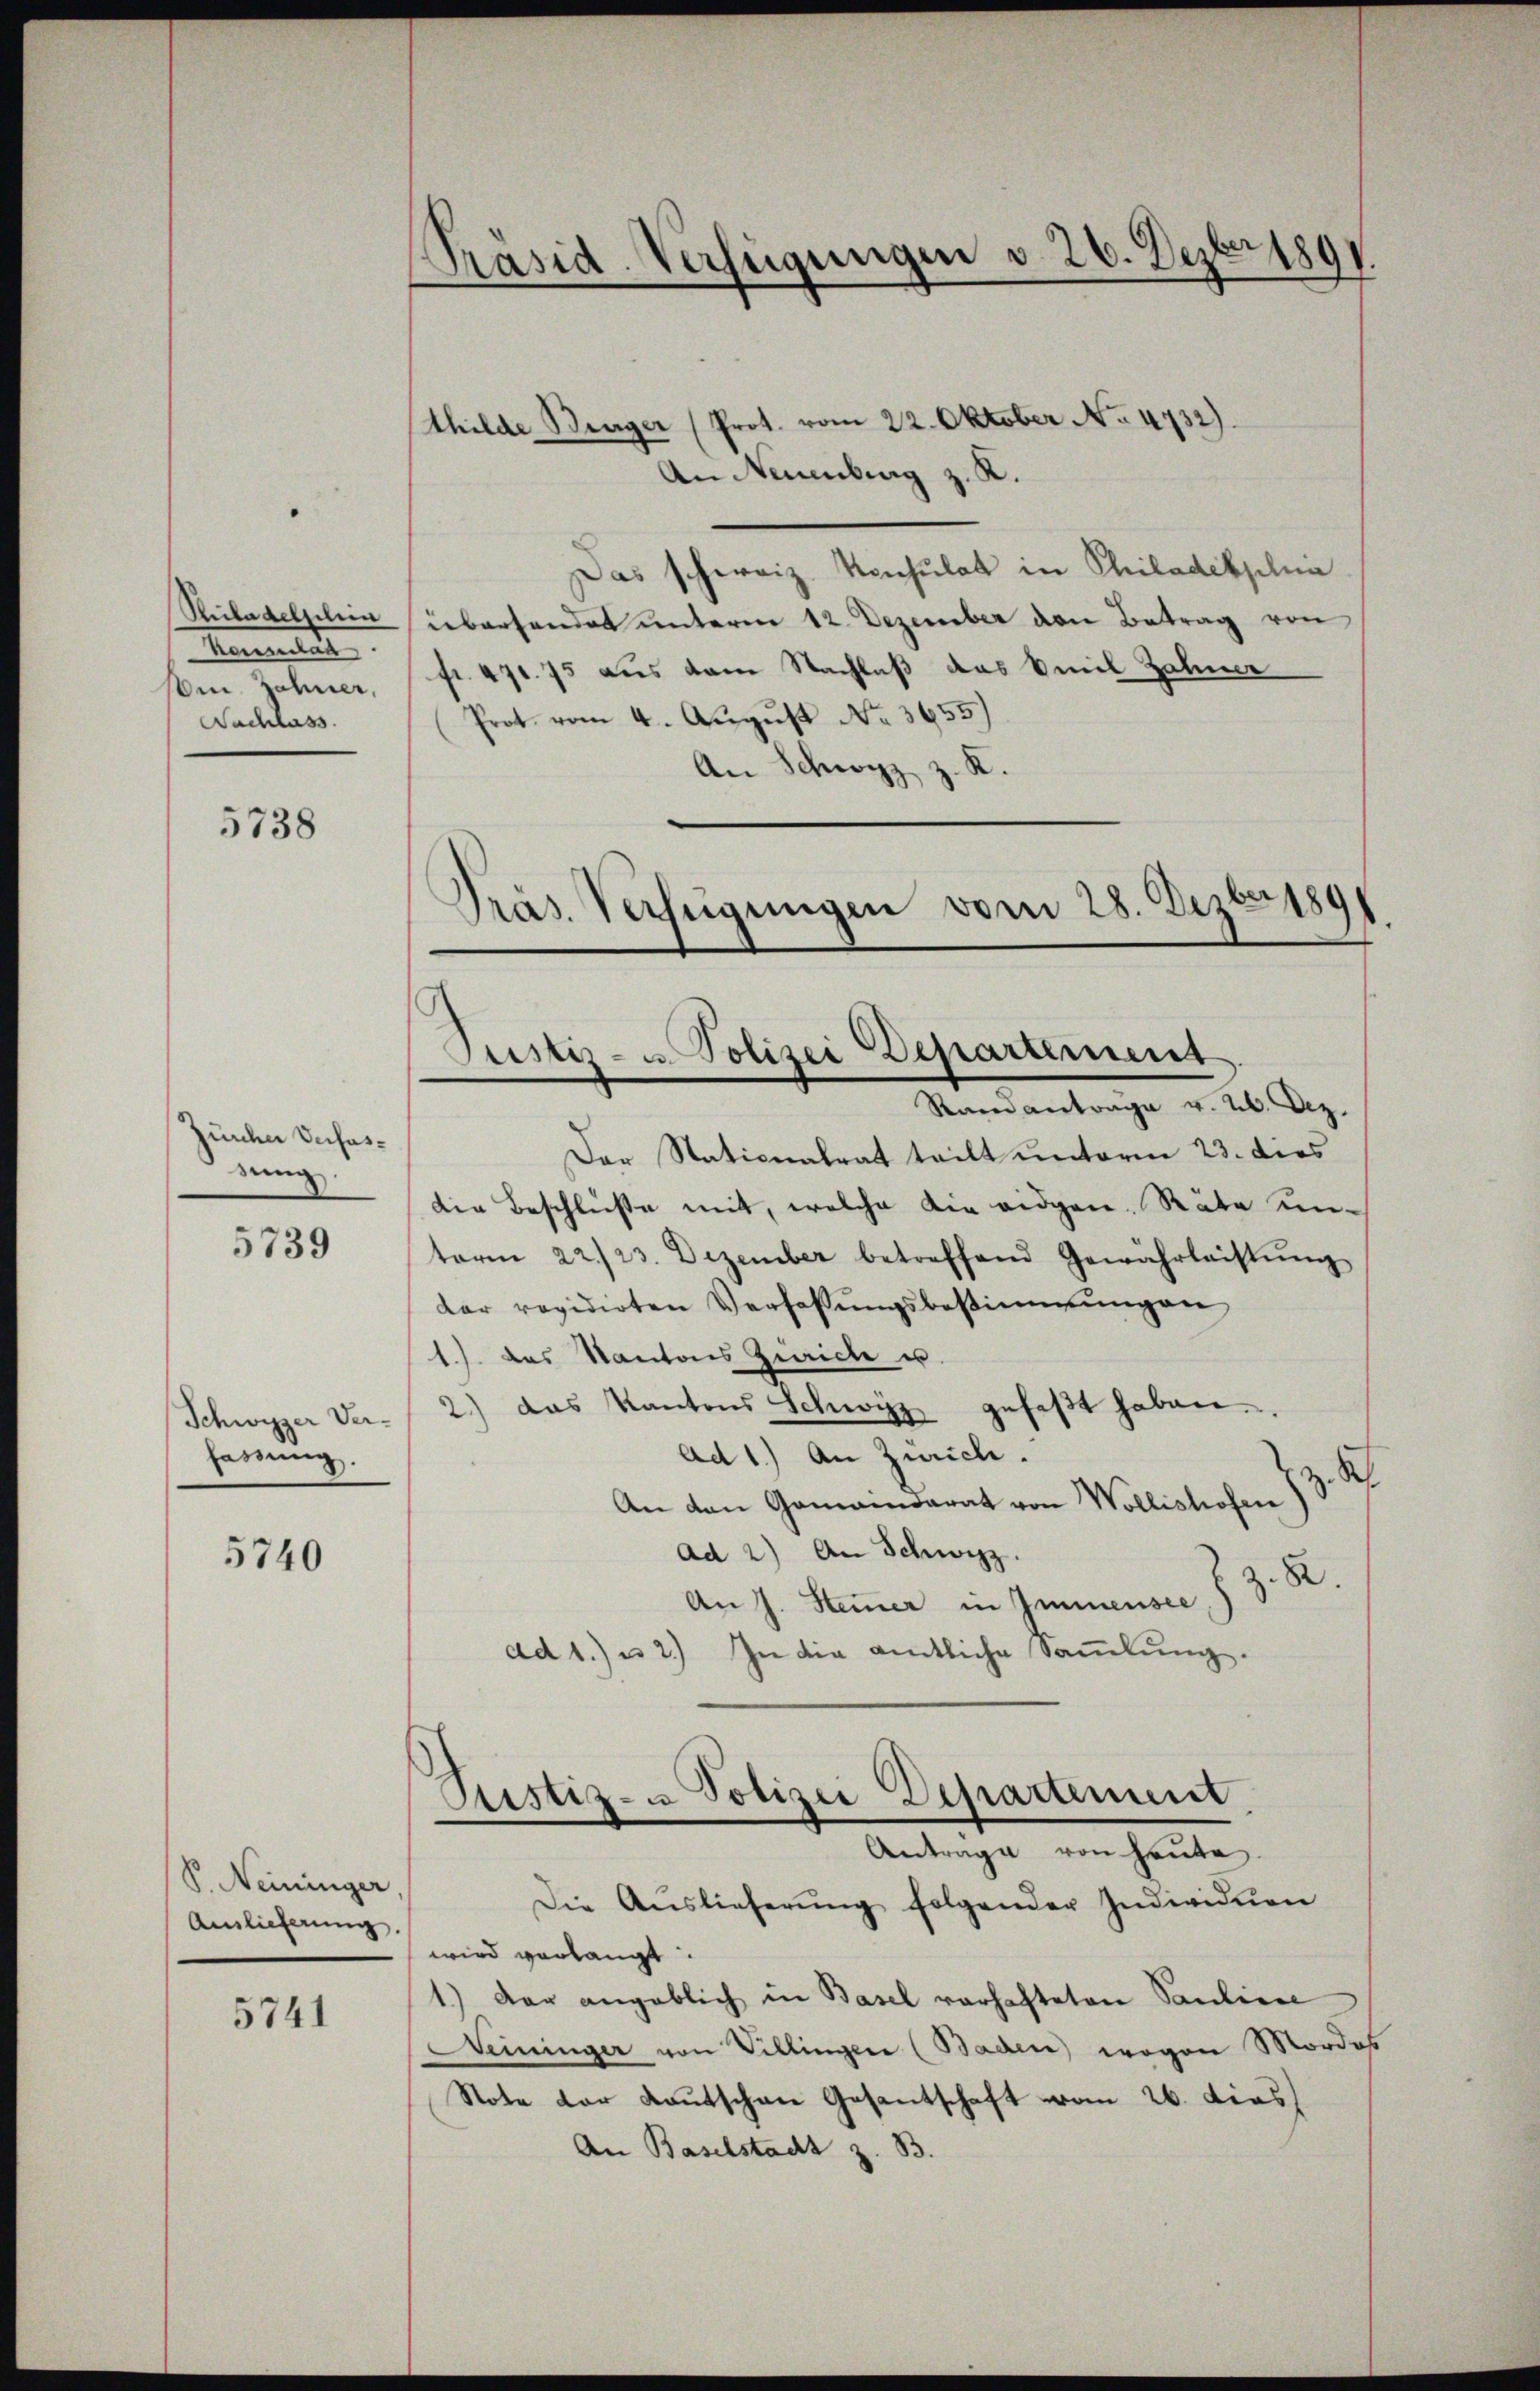
Heerente
som Zähner,
Nachlass

5738

Zürche Verfassung.

5739

Schwyzer Verhassung.

5740

P. Neininger,
Auslieferung

5741

Präsid-Verfügungen v. 26. Dezbr 1891.

thilde Benger (Prot. vom 22. Oktober No. 4732).
An Neuenburg z. K.
Das schweiz. Konsulat in Philadelphia
Richaelselina überhandet unterne 12. Dezember den Betrag von
fr. 471. 75 aus dem Nachlaß das Emil Zahner
Prot. vom 4. August No. 3655)
An Schwyz z. R.
Pras. Verfügungen vom 28. Dezbr 1891

Standantrage v. 26. Dez.
Der Stationalrat teilt unterm 23. dies
die Beschlüße mit, welche die eidgen. Räte unterm 22./23. Dezember betreffend Gewährleistŭng
dar revidirten Verfassŭngsbestimmungen
1.) das Kantons Zürich u.
2) das Kantons Schwyz gefaβt haben.
ad 1.) An Zürich.
K
An den Gemeinderat von Wollishofen
ad 2) An Schwyz.
R.
An J. Stammer in Immensee,
ad 1. u 2.) In die amtliche Sammlung.
Justiz- & Polizei Departement.
Antrage von heute.
Die Aŭslieferŭng folgender Individuen
wird verlangt.
1.) Der angeblich in Basel vorhafteten Pauliere
Neininger von Villingen (Baden) wogen Mordes
Note der Kautschen Gesantschaft vom 26. dies
An Baselstadt z. B.

Justiz- u. Polizei Departement